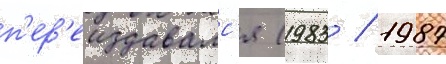
п'ер'еиздавалс'я (1983 / 1987